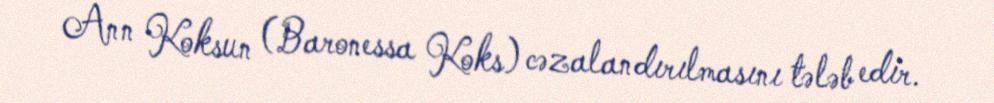
Ann Koksun (Baronessa Koks) cəzalandırılmasını tələb edir.